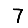
Digit: 7